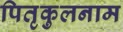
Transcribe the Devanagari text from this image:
पितृकुलनाम